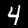
Label: 4